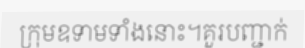
ក្រុមឧទាមទាំងនោះ។គួរបញ្ជាក់